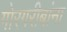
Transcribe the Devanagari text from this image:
गोरगरीबांना